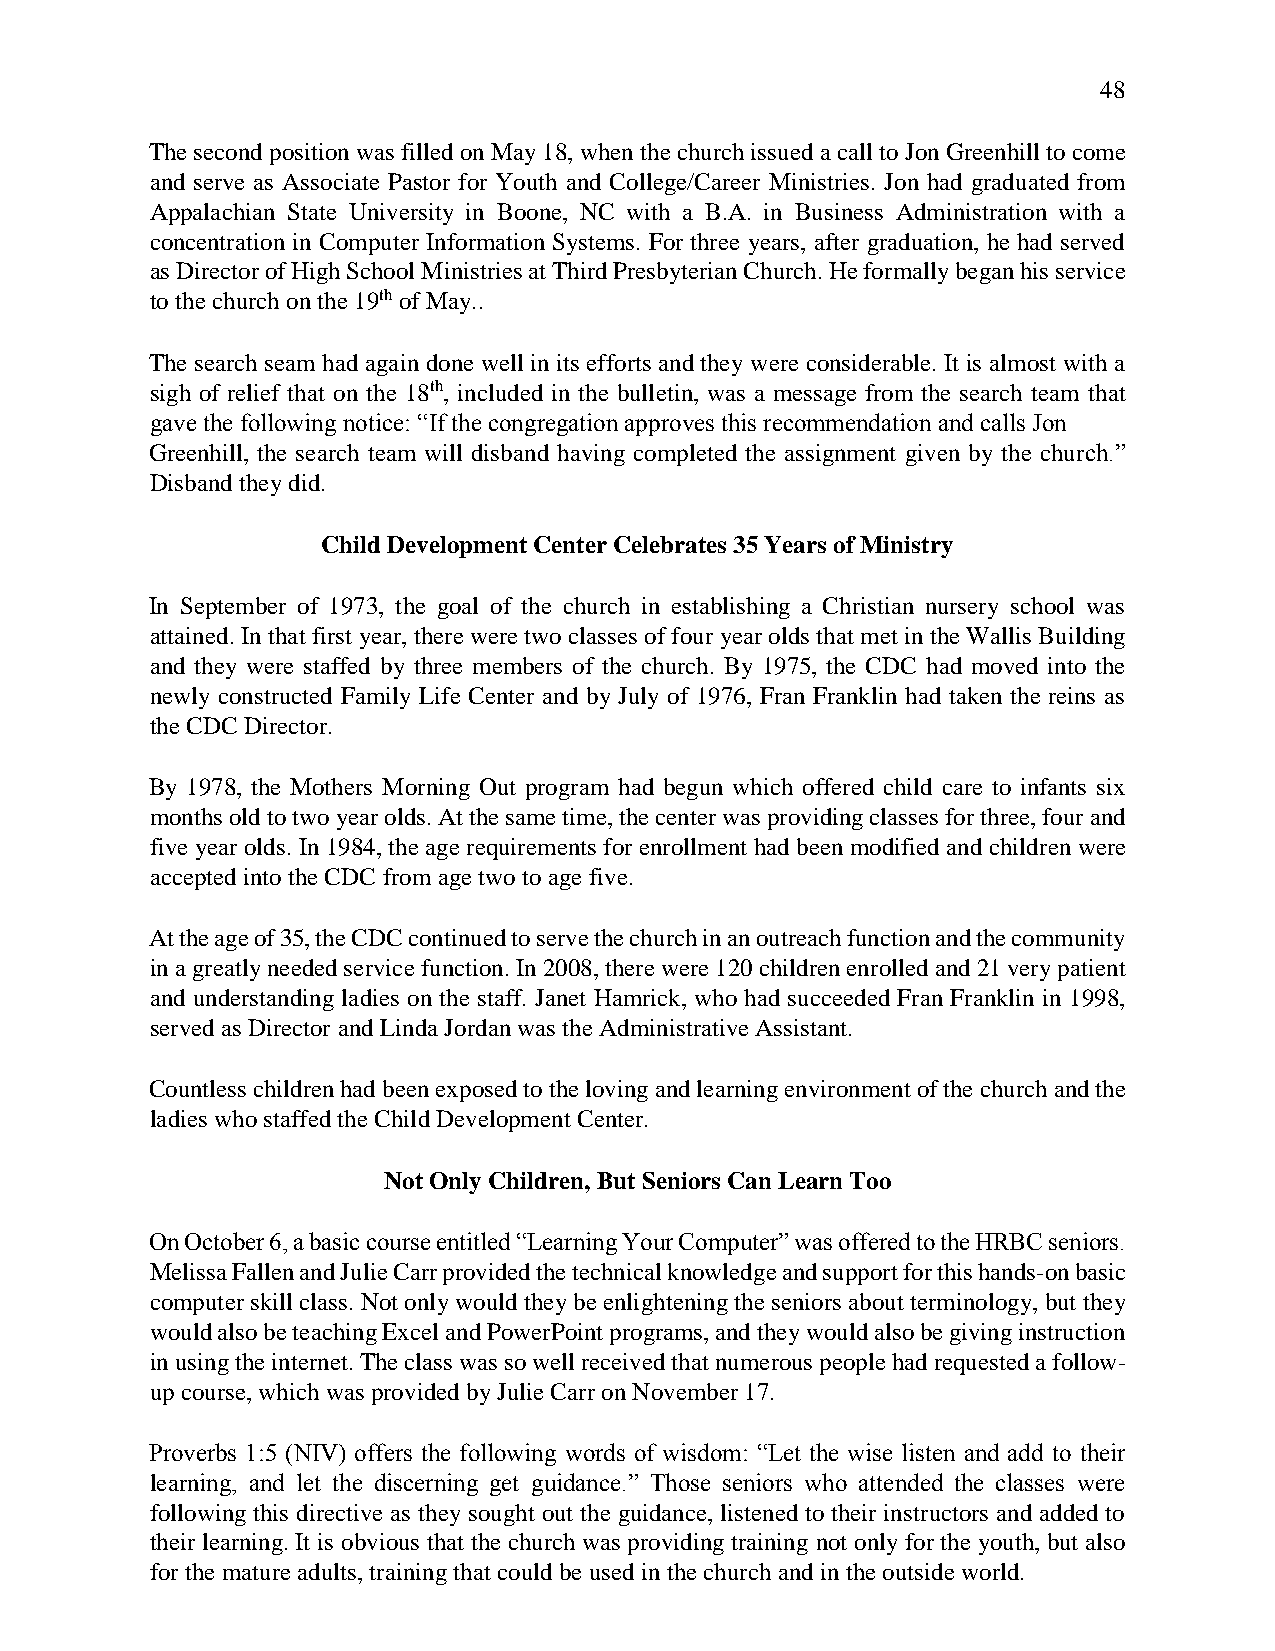
48
 The second position was filled on May 18, when the church issued a call to Jon Greenhill to come
 and serve as Associate Pastor for Youth and College/Career Ministries. Jon had graduated from
 Appalachian State University in Boone, NC with a B.A. in Business Administration with a
 concentration in Computer Information Systems. For three years, after graduation, he had served
 as Director of High School Ministries at Third Presbyterian Church. He formally began his service
 to the church on the 19th of May..
 The search seam had again done well in its efforts and they were considerable. It is almost with a
 sigh of relief that on the 18th, included in the bulletin, was a message from the search team that
 gave the following notice: “If the congregation approves this recommendation and calls Jon
 Greenhill, the search team will disband having completed the assignment given by the church.”
 Disband they did.
 Child Development Center Celebrates 35 Years of Ministry
 In September of 1973, the goal of the church in establishing a Christian nursery school was
 attained. In that first year, there were two classes of four year olds that met in the Wallis Building
 and they were staffed by three members of the church. By 1975, the CDC had moved into the
 newly constructed Family Life Center and by July of 1976, Fran Franklin had taken the reins as
 the CDC Director.
 By 1978, the Mothers Morning Out program had begun which offered child care to infants six
 months old to two year olds. At the same time, the center was providing classes for three, four and
 five year olds. In 1984, the age requirements for enrollment had been modified and children were
 accepted into the CDC from age two to age five.
 At the age of 35, the CDC continued to serve the church in an outreach function and the community
 in a greatly needed service function. In 2008, there were 120 children enrolled and 21 very patient
 and understanding ladies on the staff. Janet Hamrick, who had succeeded Fran Franklin in 1998,
 served as Director and Linda Jordan was the Administrative Assistant.
 Countless children had been exposed to the loving and learning environment of the church and the
 ladies who staffed the Child Development Center.
 Not Only Children, But Seniors Can Learn Too
 On October 6, a basic course entitled “Learning Your Computer” was offered to the HRBC seniors.
 Melissa Fallen and Julie Carr provided the technical knowledge and support for this hands-on basic
 computer skill class. Not only would they be enlightening the seniors about terminology, but they
 would also be teaching Excel and PowerPoint programs, and they would also be giving instruction
 in using the internet. The class was so well received that numerous people had requested a follow-
 up course, which was provided by Julie Carr on November 17.
 Proverbs 1:5 (NIV) offers the following words of wisdom: “Let the wise listen and add to their
 learning, and let the discerning get guidance.” Those seniors who attended the classes were
 following this directive as they sought out the guidance, listened to their instructors and added to
 their learning. It is obvious that the church was providing training not only for the youth, but also
 for the mature adults, training that could be used in the church and in the outside world.